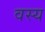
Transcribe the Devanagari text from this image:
वस्य